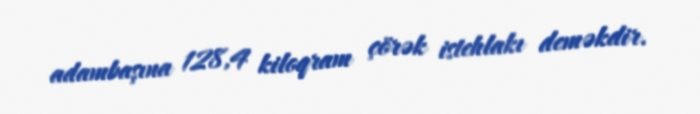
adambaşına 128,4 kiloqram çörək istehlakı deməkdir.